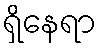
ရှိနေရာ